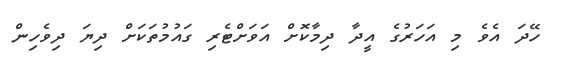
ހޭދަ އެވެ މި އަހަރުގެ އީދާ ދިމާކޮށް އަވަށްޓެރި ގައުމުތަކަށް ދިޔަ ދިވެހިން